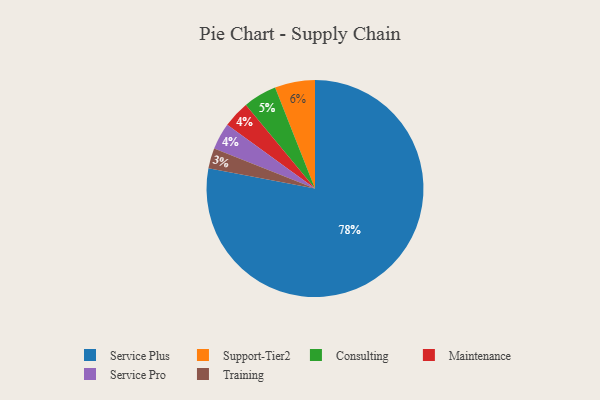
{"axis": {"x": "Category", "y": "Percentage"}, "legend": ["Consulting", "Maintenance", "Service Plus", "Service Pro", "Support-Tier2", "Training"], "data": [{"x": "Maintenance", "y": 4, "type": "Maintenance"}, {"x": "Service Pro", "y": 4, "type": "Service Pro"}, {"x": "Training", "y": 3, "type": "Training"}, {"x": "Service Plus", "y": 78, "type": "Service Plus"}, {"x": "Support-Tier2", "y": 6, "type": "Support-Tier2"}, {"x": "Consulting", "y": 5, "type": "Consulting"}]}